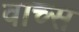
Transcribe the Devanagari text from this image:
वाच्स